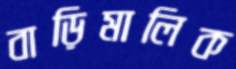
বাড়িমালিক